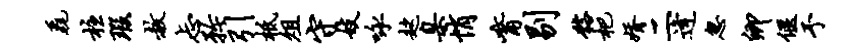
毳柱瑕赦忐矜引柢俎守妓咏趑臬悄觜剔髂杷婿二逄忽卿偃予